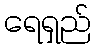
ရေရှည်